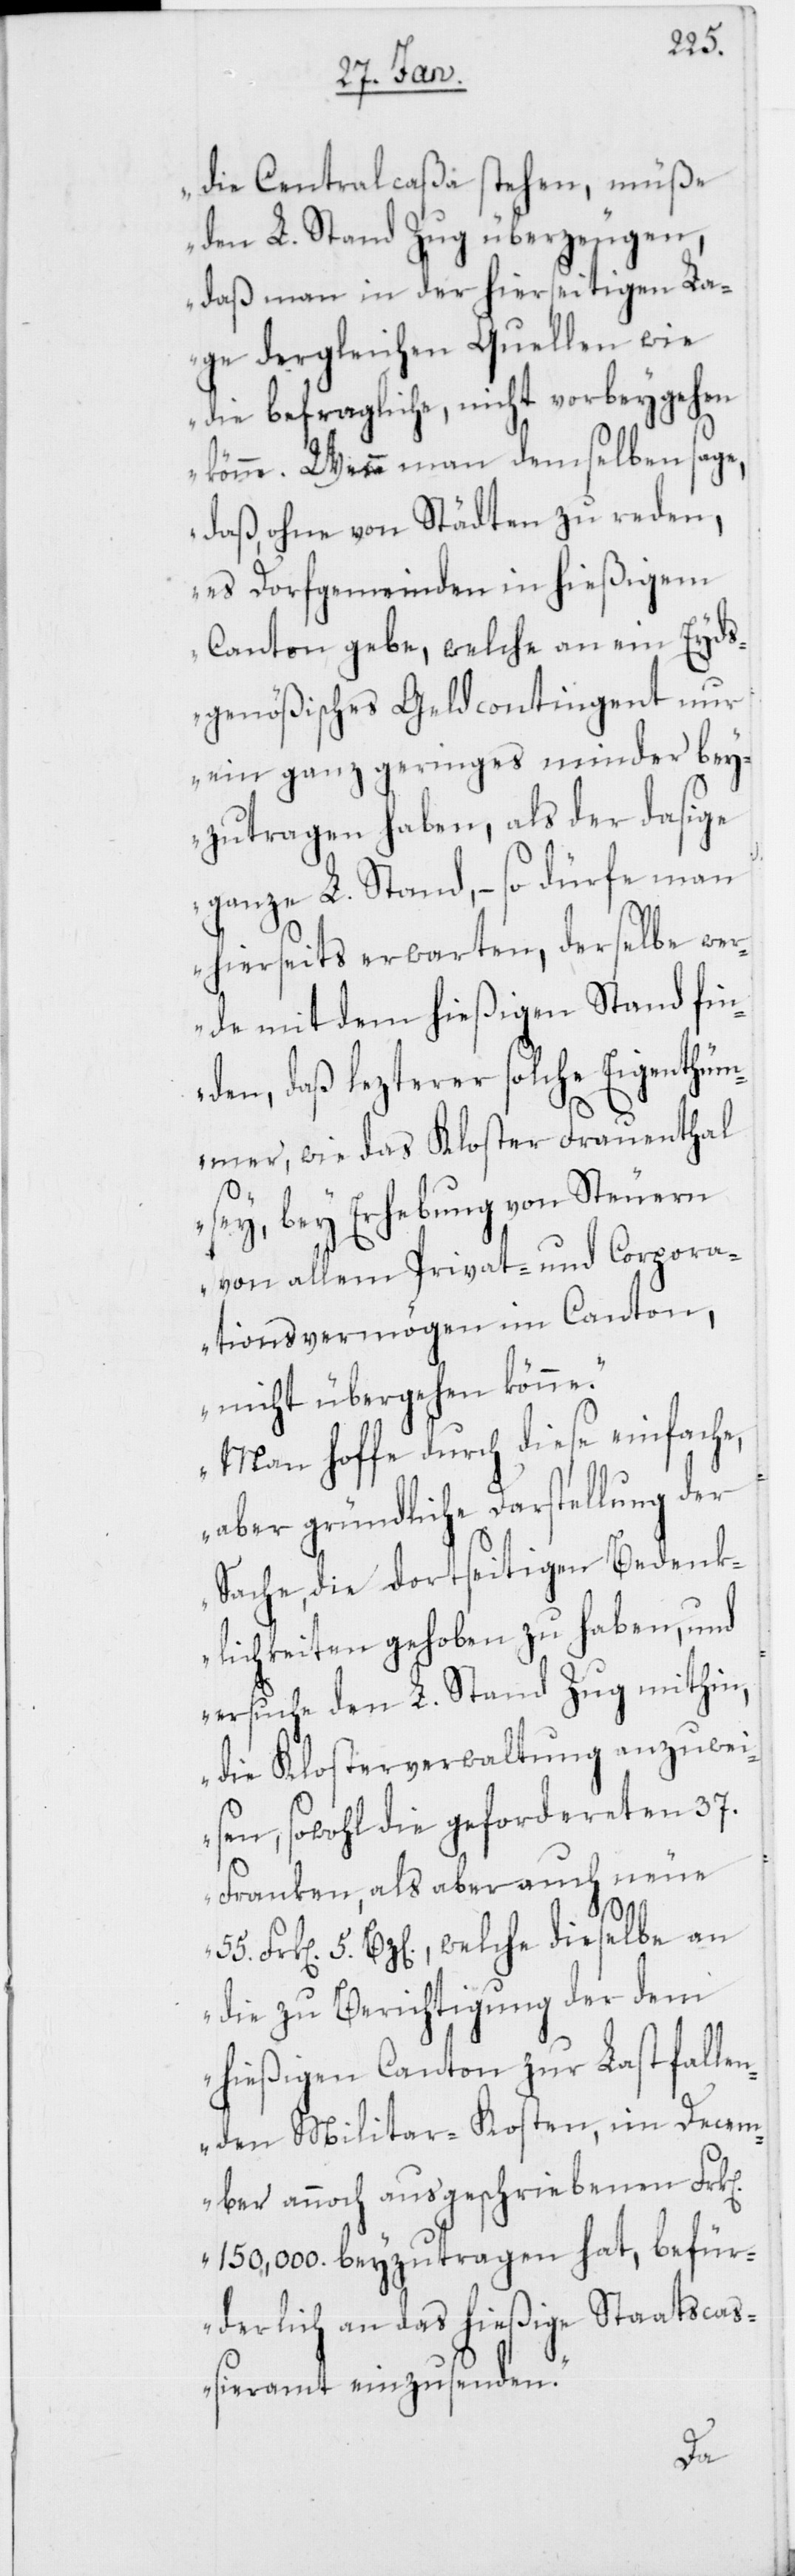
die Centralcaßa stehen, müße
den L. Stand Zug überzeugen,
daß man in der hierseitigen La¬
ge dergleichen Quellen wie
die befragliche, nicht vorbeygehen
könne. Wenn man demselben sage,
daß, ohne von Städten zu reden,
es Dorfgemeinden in hießigem
Canton gebe, welche an ein Eyds¬
genößisches Geldcontingent nur
ein ganz geringes minder bey¬
zutragen haben, als der dasige
ganze L. Stand, – so dürfe man
hierseits erwarten, derselbe wer¬
de mit dem hießigen Stand fin¬
den, daß letzerer solche Eigenthüm¬
er, wie das Kloster Frauenthal
sey, bey Erhebung von Steuern
von allem Privat- und Corpora¬
tionsvermögen im Canton,
nicht übergehen könne.
Man hoffe durch diese einfache,
aber gründliche Darstellung der
Sache, die dortseitigen Bedenk¬
lichkeiten gehoben zu haben, und
ersuche den L. Stand Zug mithin,
die Klosterverwaltung anzuwei¬
sen, sowohl die gefordereten 37.
Franken, als aber auch neue
n]
55. Frk. 5. Bz[en], welche dieselbe an
die zu Berichtigung der dem
hießigen Canton zur Last falle¬
nden Militar-Kosten, im Decem¬
ber annoch ausgeschriebenen Frk[e¬
150,000. beyzutragen hat, befür¬
derlich an das hießige Staatsca¬
ßieramt einzusenden.“